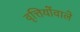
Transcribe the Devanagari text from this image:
वृत्तियोंवाले